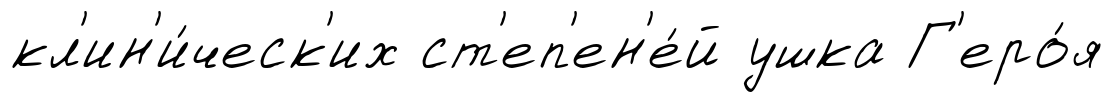
кл'ин'и́ческ'их ст'еп'ен'е́й ушка Г'еро́я